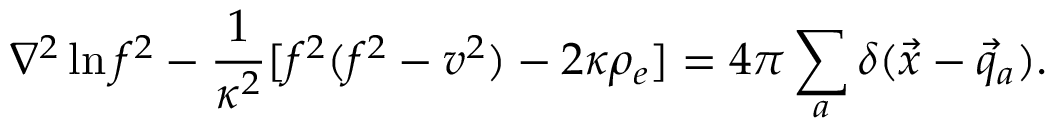
\nabla ^ { 2 } \ln f ^ { 2 } - \frac { 1 } { \kappa ^ { 2 } } [ f ^ { 2 } ( f ^ { 2 } - v ^ { 2 } ) - 2 \kappa \rho _ { e } ] = 4 \pi \sum _ { a } \delta ( \vec { x } - \vec { q } _ { a } ) .